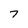
Character: 7